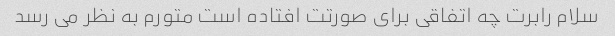
سلام رابرت چه اتفاقی برای صورتت افتاده است متورم به نظر می رسد